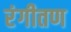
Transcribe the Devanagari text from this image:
रंगीतण